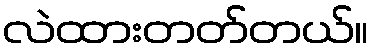
လဲထားတတ်တယ်။